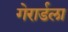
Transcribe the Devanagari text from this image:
गेरार्डला